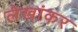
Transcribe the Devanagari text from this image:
लेखांकर